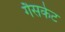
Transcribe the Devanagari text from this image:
गैसकेट